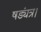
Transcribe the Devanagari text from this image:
षड्यंत्र।